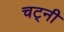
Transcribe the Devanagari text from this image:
चट्नी